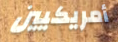
أمريكيين